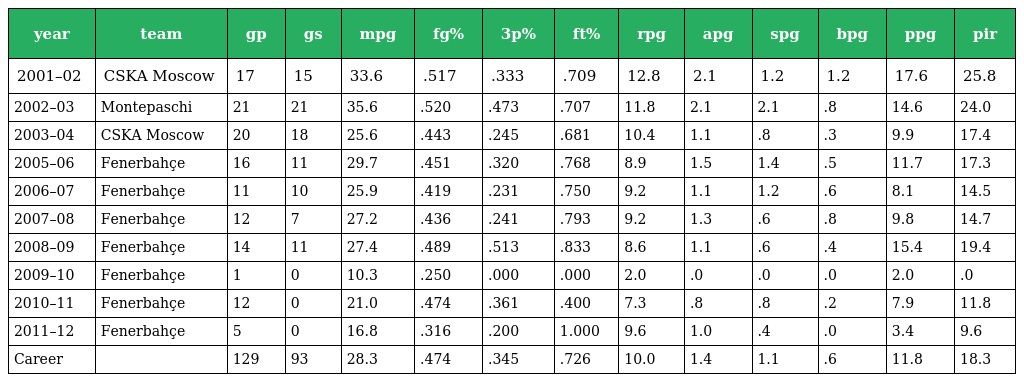
| year | team | gp | gs | mpg | fg% | 3p% | ft% | rpg | apg | spg | bpg | ppg | pir |
 | --- | --- | --- | --- | --- | --- | --- | --- | --- | --- | --- | --- | --- | --- |
 | 2001–02 | CSKA Moscow | 17 | 15 | 33.6 | .517 | .333 | .709 | 12.8 | 2.1 | 1.2 | 1.2 | 17.6 | 25.8 |
 | 2002–03 | Montepaschi | 21 | 21 | 35.6 | .520 | .473 | .707 | 11.8 | 2.1 | 2.1 | .8 | 14.6 | 24.0 |
 | 2003–04 | CSKA Moscow | 20 | 18 | 25.6 | .443 | .245 | .681 | 10.4 | 1.1 | .8 | .3 | 9.9 | 17.4 |
 | 2005–06 | Fenerbahçe | 16 | 11 | 29.7 | .451 | .320 | .768 | 8.9 | 1.5 | 1.4 | .5 | 11.7 | 17.3 |
 | 2006–07 | Fenerbahçe | 11 | 10 | 25.9 | .419 | .231 | .750 | 9.2 | 1.1 | 1.2 | .6 | 8.1 | 14.5 |
 | 2007–08 | Fenerbahçe | 12 | 7 | 27.2 | .436 | .241 | .793 | 9.2 | 1.3 | .6 | .8 | 9.8 | 14.7 |
 | 2008–09 | Fenerbahçe | 14 | 11 | 27.4 | .489 | .513 | .833 | 8.6 | 1.1 | .6 | .4 | 15.4 | 19.4 |
 | 2009–10 | Fenerbahçe | 1 | 0 | 10.3 | .250 | .000 | .000 | 2.0 | .0 | .0 | .0 | 2.0 | .0 |
 | 2010–11 | Fenerbahçe | 12 | 0 | 21.0 | .474 | .361 | .400 | 7.3 | .8 | .8 | .2 | 7.9 | 11.8 |
 | 2011–12 | Fenerbahçe | 5 | 0 | 16.8 | .316 | .200 | 1.000 | 9.6 | 1.0 | .4 | .0 | 3.4 | 9.6 |
 | Career |  | 129 | 93 | 28.3 | .474 | .345 | .726 | 10.0 | 1.4 | 1.1 | .6 | 11.8 | 18.3 |